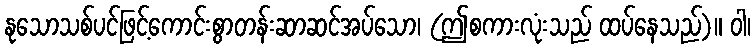
နုသောသစ်ပင်ဖြင့်ကောင်းစွာတန်းဆာဆင်အပ်သော၊ (ဤစကားလုံးသည် ထပ်နေသည်)။ ဝါ၊